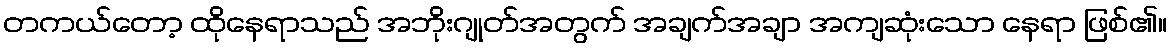
တကယ်တော့ ထိုနေရာသည် အဘိုးဂျုတ်အတွက် အချက်အချာ အကျဆုံးသော နေရာ ဖြစ်၏။